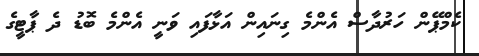
ކެމްޕޭން ހަރުދާސް އެންމެ ގިނައިން އަޅާފައި ވަނީ އެންމެ ބޮޑު ދެ ޕާޓީގެ